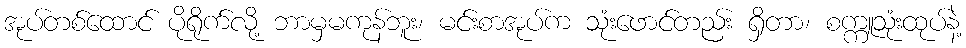
အုပ်တစ်ထောင် ပိုရိုက်လို့ ဘာမှမကုန်ဘူး၊ မင်းစာအုပ်က သုံးဖောင်တည်း ရှိတာ၊ စက္ကူသုံးထုပ်နဲ့